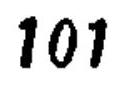
$101$